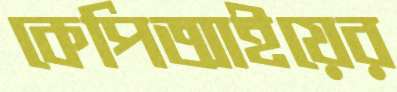
কেপিআইয়ের